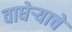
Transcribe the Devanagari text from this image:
वाघेऱ्याचे